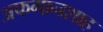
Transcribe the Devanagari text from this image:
अफगानशाह